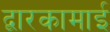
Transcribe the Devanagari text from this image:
द्वारकामाई